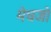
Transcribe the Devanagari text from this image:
मेधजो